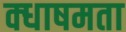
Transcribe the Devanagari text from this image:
क्धाषमता